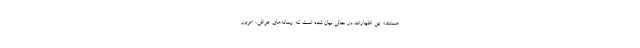
هستند». این اظهارات در حالی بیان شده است که رسانه‌های عراقی، امروز